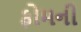
ફોમની